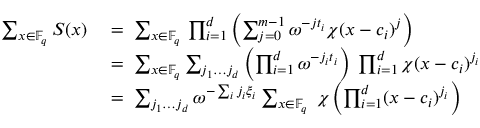
\begin{array} { r l } { \sum _ { x \in \mathbb { F } _ { q } } S ( x ) \; } & { = \; \sum _ { x \in \mathbb { F } _ { q } } \, \prod _ { i = 1 } ^ { d } \left( \sum _ { j = 0 } ^ { m - 1 } \omega ^ { - j t _ { i } } \chi ( x - c _ { i } ) ^ { j } \right) } \\ { \; } & { = \; \sum _ { x \in \mathbb { F } _ { q } } \sum _ { j _ { 1 } \dots j _ { d } } \left( \prod _ { i = 1 } ^ { d } \omega ^ { - j _ { i } t _ { i } } \right) \; \prod _ { i = 1 } ^ { d } \chi ( x - c _ { i } ) ^ { j _ { i } } } \\ { \; } & { = \; \sum _ { j _ { 1 } \dots j _ { d } } \omega ^ { - \sum _ { i } j _ { i } \xi _ { i } } \sum _ { x \in \mathbb { F } _ { q } } \; \chi \left( \prod _ { i = 1 } ^ { d } ( x - c _ { i } ) ^ { j _ { i } } \right) } \end{array}